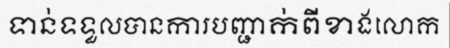
ទាន់ទទួលបានការបញ្ជាក់ពីខាងលោក